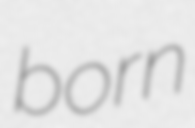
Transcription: born